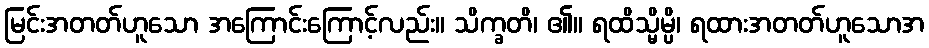
မြင်းအတတ်ဟူသော အကြောင်းကြောင့်လည်း။ သိက္ခတိ၊ ၏။ ရထိသ္မိမ္ပိ၊ ရထားအတတ်ဟူသောအ